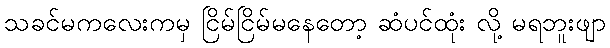
သခင်မကလေးကမှ ငြိမ်ငြိမ်မနေတော့ ဆံပင်ထုံး လို့ မရဘူးဖျာ